Annual administration report of the Civil Veterinary Department of India - 1896-1897
Year: 1896
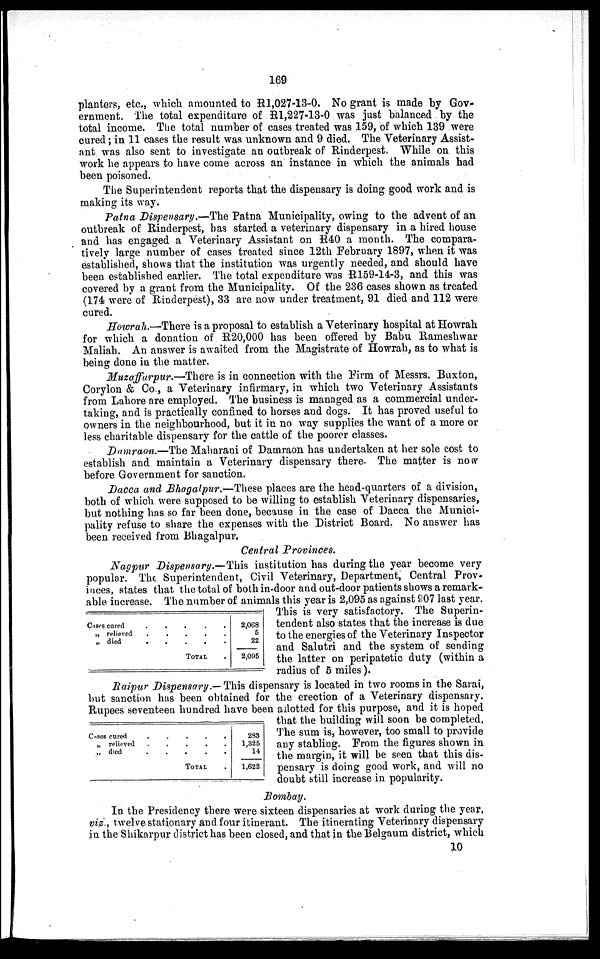
169
planters, etc., which amounted to R1,027-13-0. No grant is made by Gov-
ernment. The total expenditure of R1,227-13-0 was just balanced by the
total income. The total number of cases treated was 159, of which 139 were
cured; in 11 cases the result was unknown and 9 died. The Veterinary Assist-
ant was also sent to investigate an outbreak of Rinderpest. While on this
work he appears to have come across an instance in which the animals had
been poisoned.
The Superintendent reports that the dispensary is doing good work and is
making its way.
Patna Dispensary.—The Patna Municipality, owing to the advent of an
outbreak of Rinderpest, has started a veterinary dispensary in a hired house
and has engaged a Veterinary Assistant on R40 a month. The compara-
tively large number of cases treated since 12th February 1897, when it was
established, shows that the institution was urgently needed, and should have
been established earlier. The total expenditure was R159-14-3, and this was
covered by a grant from the Municipality. Of the 236 cases shown as treated
(174 were of Rinderpest), 33 are now under treatment, 91 died and 112 were
cured.
Howrah.—There is a proposal to establish a Veterinary hospital at Howrah
for which a donation of R20,000 has been offered by Babu Rameshwar
Maliah. An answer is awaited from the Magistrate of Howrah, as to what is
being done in the matter.
Muzaffarpur.—There is in connection with the Firm of Messrs. Buxton,
Corylon & Co., a Veterinary infirmary, in which two Veterinary Assistants
from Lahore are employed. The business is managed as a commercial under-
taking, and is practically confined to horses and dogs. It has proved useful to
owners in the neighbourhood, but it in no way supplies the want of a more or
less charitable dispensary for the cattle of the poorer classes.
Damraon.—The Maharani of Damraon has undertaken at her sole cost to
establish and maintain a Veterinary dispensary there. The matter is now
before Government for sanction.
Dacca and Bhagalpur.—These places are the head-quarters of a division,
both of which were supposed to be willing to establish Veterinary dispensaries,
but nothing has so far been done, because in the case of Dacca the Munici-
pality refuse to share the expenses with the District Board. No answer has
been received from Bhagalpur.
Central Provinces.
Nagpur Dispensary.—This institution has during the year become very
popular. The Superintendent, Civil Veterinary, Department, Central Prov-
inces, states that the total of both in-door and out-door patients shows a remark-
able increase. The number of animals this year is 2,095 as against 907 last year.
This is very satisfactory. The Superin-
tendent also states that the increase is due
to the energies of the Veterinary Inspector
and Salutri and the system of sending
the latter on peripatetic duty (within a
radius of 5 miles).
Cases cured . . . . .
„ relieved . . . . .
„ died
.
. . . .
TOTAL .
2,068
5
22
2,095
Raipur Dispensary. — This dispensary is located in two rooms in the Sarai,
but sanction has been obtained for the erection of a Veterinary dispensary.
Rupees seventeen hundred have been allotted for this purpose, and it is hoped
that the building will soon be completed.
The sum is, however, too small to provide
any stabling. From the figures shown in
the margin, it will be seen that this dis-
pensary is doing good work, and will no
doubt still increase in popularity.
Cases cured . . . . .
„ relieved . . . . .
„ died . . . . .
TOTAL .
283
1,325
14
1,622
Bombay.
In the Presidency there were sixteen dispensaries at work during the year,
viz., twelve stationary and four itinerant. The itinerating Veterinary dispensary
in the Shikarpur district has been closed, and that in the Belgaum district, which
10